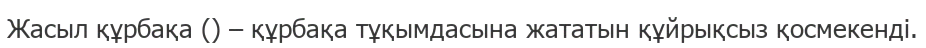
Жасыл құрбақа () – құрбақа тұқымдасына жататын құйрықсыз қосмекенді.